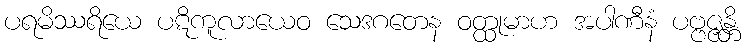
ပရမိဿရိယေ ပဋိကူလာယေဝ သေဒဂတေန ဝတ္ထုမာဟ အပါဏီနံ ပဗ္ဗဇ္ဇန္တိ